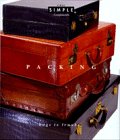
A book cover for Packing: Bags to Trunks (Chic Simple Components); Walter Thomas; Travel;